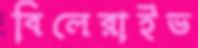
বিলেরাইভ